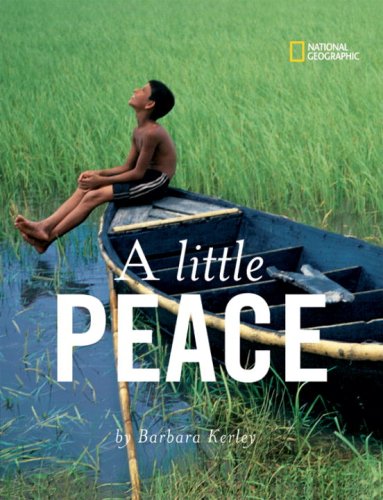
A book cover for A Little Peace (Barbara Kerley Photo Inspirations); Barbara Kerley; Children's Books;